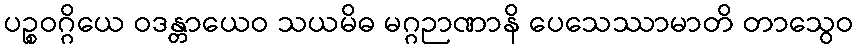
ပဉ္စဝဂ္ဂိယေ ဝဒန္တာယေဝ သယမိဓ မဂ္ဂဉာဏာနိ ပေသေဿာမာတိ တာသွေဝ